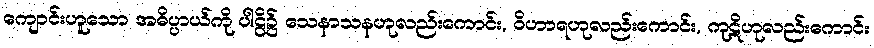
ကျောင်းဟူသော အဓိပ္ပာယ်ကို ပါဠိ၌ သေနာသနဟုလည်းကောင်း, ဝိဟာရဟုလည်းကောင်း, ကုဋိဟုလည်းကောင်း